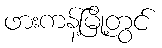
ဖားကန့်မြို့တွင်